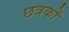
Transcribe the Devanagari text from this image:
छत्रकों